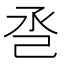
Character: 𢀷